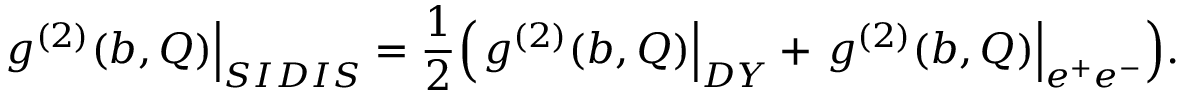
\left. g ^ { ( 2 ) } ( b , Q ) \right| _ { S I D I S } = \frac { 1 } { 2 } \Bigl ( \left. g ^ { ( 2 ) } ( b , Q ) \right| _ { D Y } + \left. g ^ { ( 2 ) } ( b , Q ) \right| _ { e ^ { + } e ^ { - } } \Bigr ) .